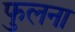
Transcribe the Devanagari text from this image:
फुलना